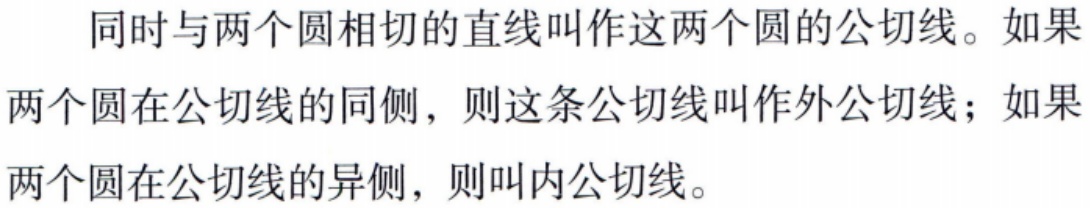
同时与两个圆相切的直线叫作这两个圆的公切线。如果两个圆在公切线的同侧，则这条公切线叫作外公切线；如果两个圆在公切线的异侧，则叫内公切线。